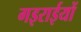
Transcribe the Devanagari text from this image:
गइराईयों